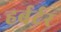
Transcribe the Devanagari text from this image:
हर्बर्टर